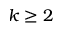
k \geq 2